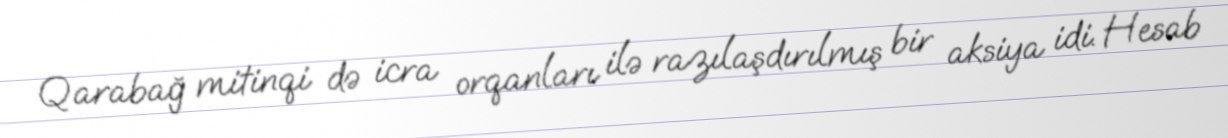
Qarabağ mitinqi də icra orqanları ilə razılaşdırılmış bir aksiya idi. Hesab